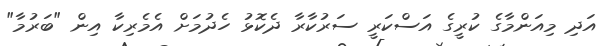
އަދި މިއަންމާގެ ކުރީގެ އަސްކަރީ ސަރުކާރާ ދެކޮޅު ހެދުމަށް އެމެރިކާ އިން "ބަރުމާ"